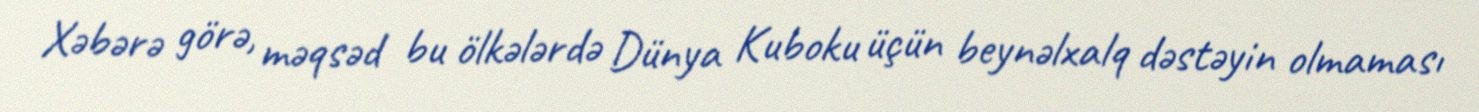
Xəbərə görə, məqsəd bu ölkələrdə Dünya Kuboku üçün beynəlxalq dəstəyin olmaması